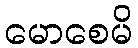
မောစေမိ